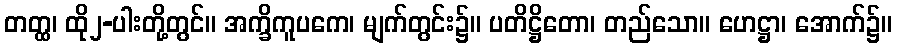
တတ္ထ၊ ထို၂-ပါးတို့တွင်။ အက္ခိကူပကေ၊ မျက်တွင်း၌။ ပတိဋ္ဌိတော၊ တည်သော။ ဟေဋ္ဌာ၊ အောက်၌။